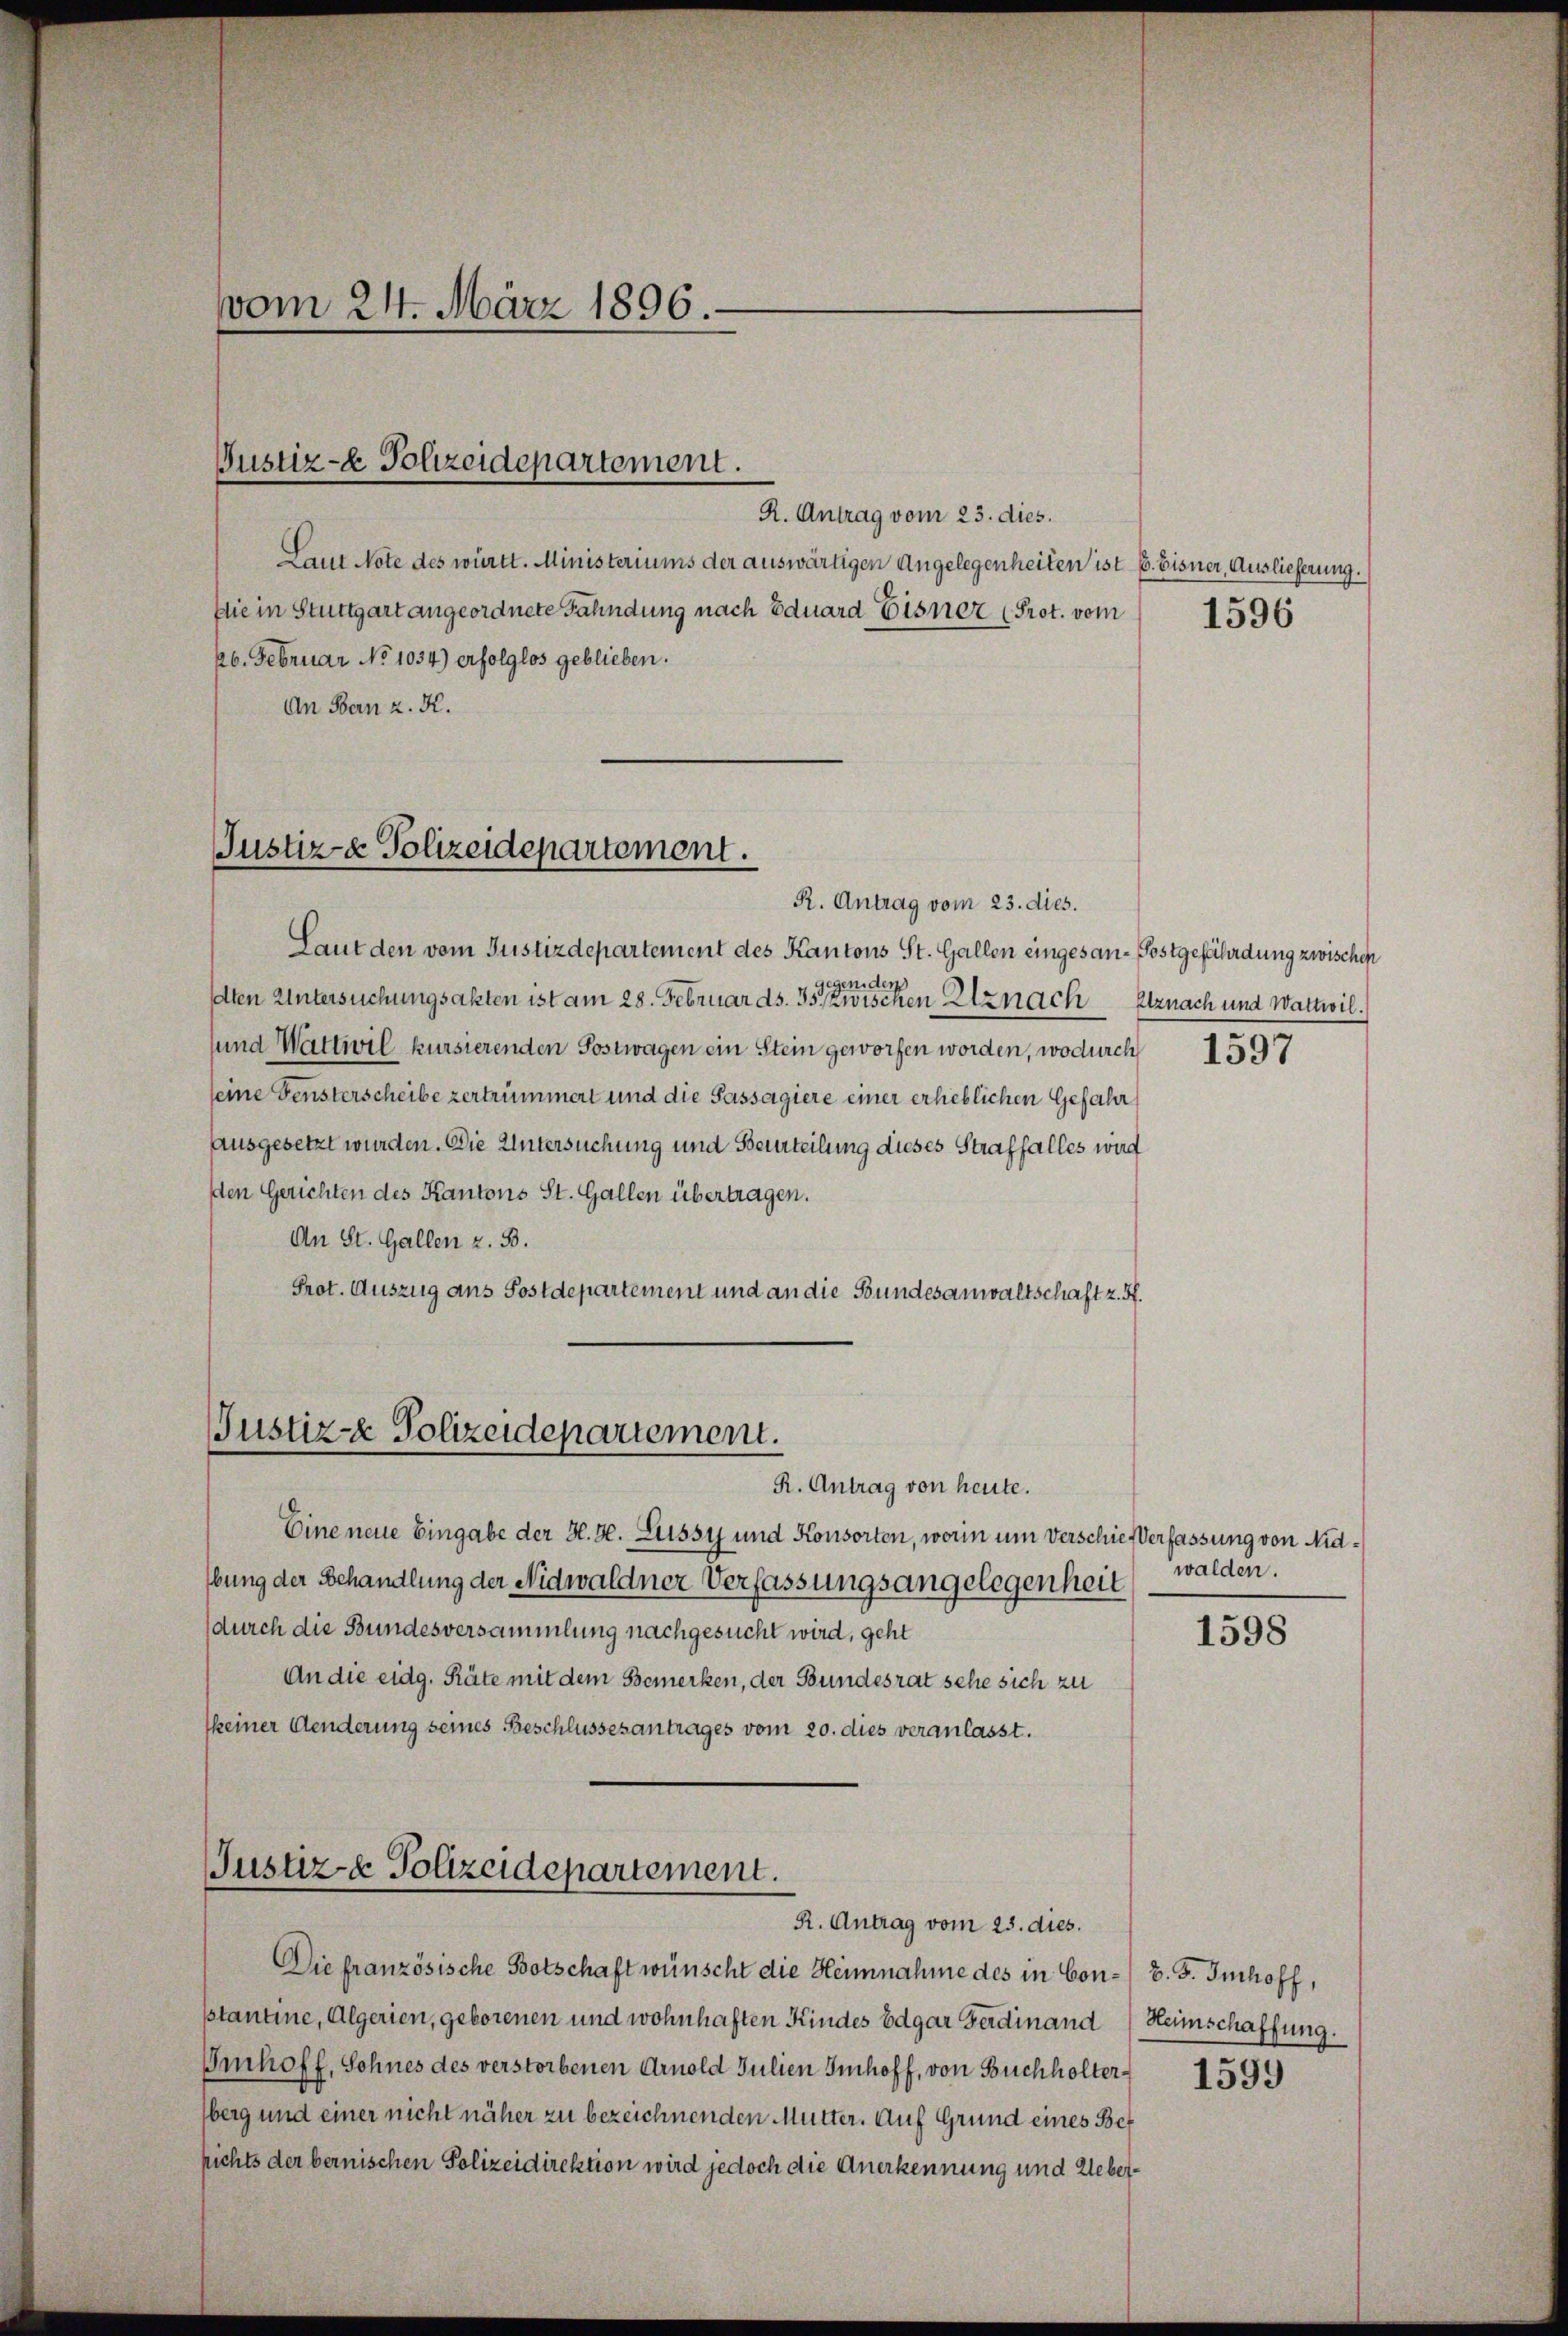
R. Antrag vom 23. dies.
Laut Note des württ. Ministeriums der auswärtigen Angelegenheiten ist E. Eisner, Auslieferung.
Die in Stuttgart angeordnete Fahndung nach Eduard Eisner (Prot. vom
26. Februar No 1034) erfolglos geblieben.
An Bern z. K.

vom 24. März 1896

Gustiz- & Polizeidepartement.

Justiz- & Polizeidepartement.
R. Antrag vom 23. dies.

Justiz- & Polizeidepartement.
R. Antrag von heute.

Laut den vom Justizdepartement des Kantons St. Gallen eingesan-Postgefährdung zwischen
Gegenden
dten Untersuchungsakten ist am 28. Februar ds. Ist zwischen Elznach Uznach und Wattwil.
sund Wattwil kursierenden Postwagen ein Stein geworfen worden, wodurch
seine Fensterscheibe zertrümmert und die Passagiere einer erheblichen Gefahr
ausgesetzt wurden. Die Untersuchung und Beurteilung dieses Straffalles wird
den Gerichten des Kantons St. Gallen übertragen.
An St. Gallen z. B.
Prot. Auszug aus Postdepartement und an die Bundesanwaltschaft z. B.

Justiz- & Polizeidepartement.
R. Antrag vom 25. dies.

Eine neue Eingabe der H. H. Lussi und Konsorten, worin um Verschießverfassung von Nidbung der Behandlung der Nidwaldner Verfassungsangelegenheit
durch die Bundesversammlung nachgesucht wird, geht
An die eidg. Räte mit dem Bemerken, der Bundesrat sehe sich zu
keiner Aenderung seines Beschlussesantrages vom 20. dies veranlasst.

1596

Die französische Botschaft wünscht die Heimnahme des in Con-/ B. S. Imhoff,
sstantine, Algerien, geborenen und wohnhaften Kindes Edgar Ferdinand Heimschaffung.
Imhoff, Sohnes des verstorbenen Arnold Julien Imhoff, von Buchholter 1599
berg und einer nicht näher zu bezeichnenden Mutter. Auf Grund eines Bet
richts der bernischen Polizeidirektion wird jedoch die Anerkennung und Ueber¬

1597

walden.

1598